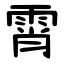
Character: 霄